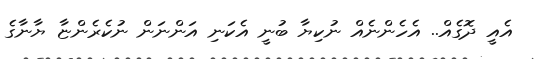
އެއީ ދޮގެއް.. އެހެންނެއް ނުކިޔާ ބުނީ އެކަނި އަންނަން ނުކެރެންޏާ ޔާނާގެ